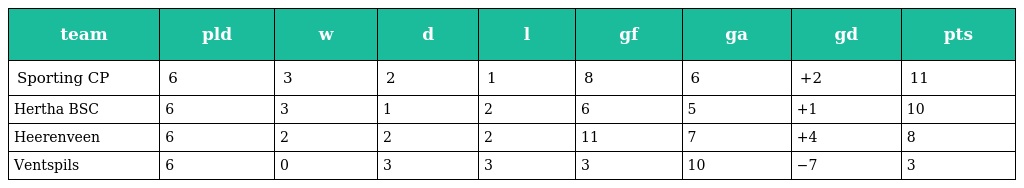
| team | pld | w | d | l | gf | ga | gd | pts |
 | --- | --- | --- | --- | --- | --- | --- | --- | --- |
 | Sporting CP | 6 | 3 | 2 | 1 | 8 | 6 | +2 | 11 |
 | Hertha BSC | 6 | 3 | 1 | 2 | 6 | 5 | +1 | 10 |
 | Heerenveen | 6 | 2 | 2 | 2 | 11 | 7 | +4 | 8 |
 | Ventspils | 6 | 0 | 3 | 3 | 3 | 10 | −7 | 3 |